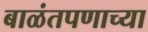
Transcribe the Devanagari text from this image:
बाळंतपणाच्या